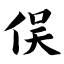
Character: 俣